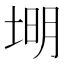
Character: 𪣦